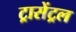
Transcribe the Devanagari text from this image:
ट्रासेंट्रल